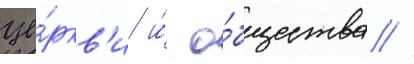
це́ркв'и и́ о́бщества //